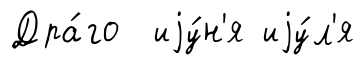
Дра́го иjу́н'я иjу́л'я